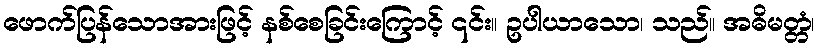
ဖောက်ပြန်သောအားဖြင့် နစ်စေခြင်းကြောင့် ၎င်း။ ဥပါယာသော၊ သည်။ အဓိမတ္တံ၊